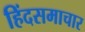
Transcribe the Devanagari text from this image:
हिंदसमाचार